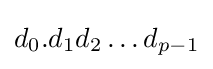
d_{0}.d_{1}d_{2}\ldots d_{p-1}